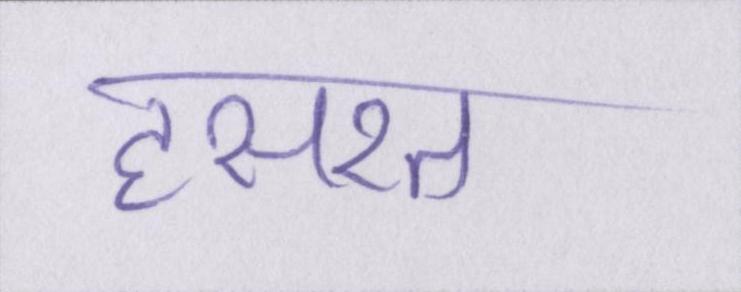
हसरत